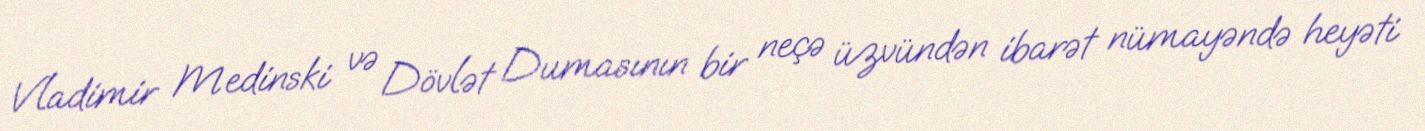
Vladimir Medinski və Dövlət Dumasının bir neçə üzvündən ibarət nümayəndə heyəti